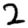
Digit: 2